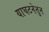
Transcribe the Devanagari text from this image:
याघटनेतुन